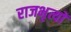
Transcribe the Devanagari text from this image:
राजभृत्यों